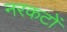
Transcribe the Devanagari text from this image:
नरकटों